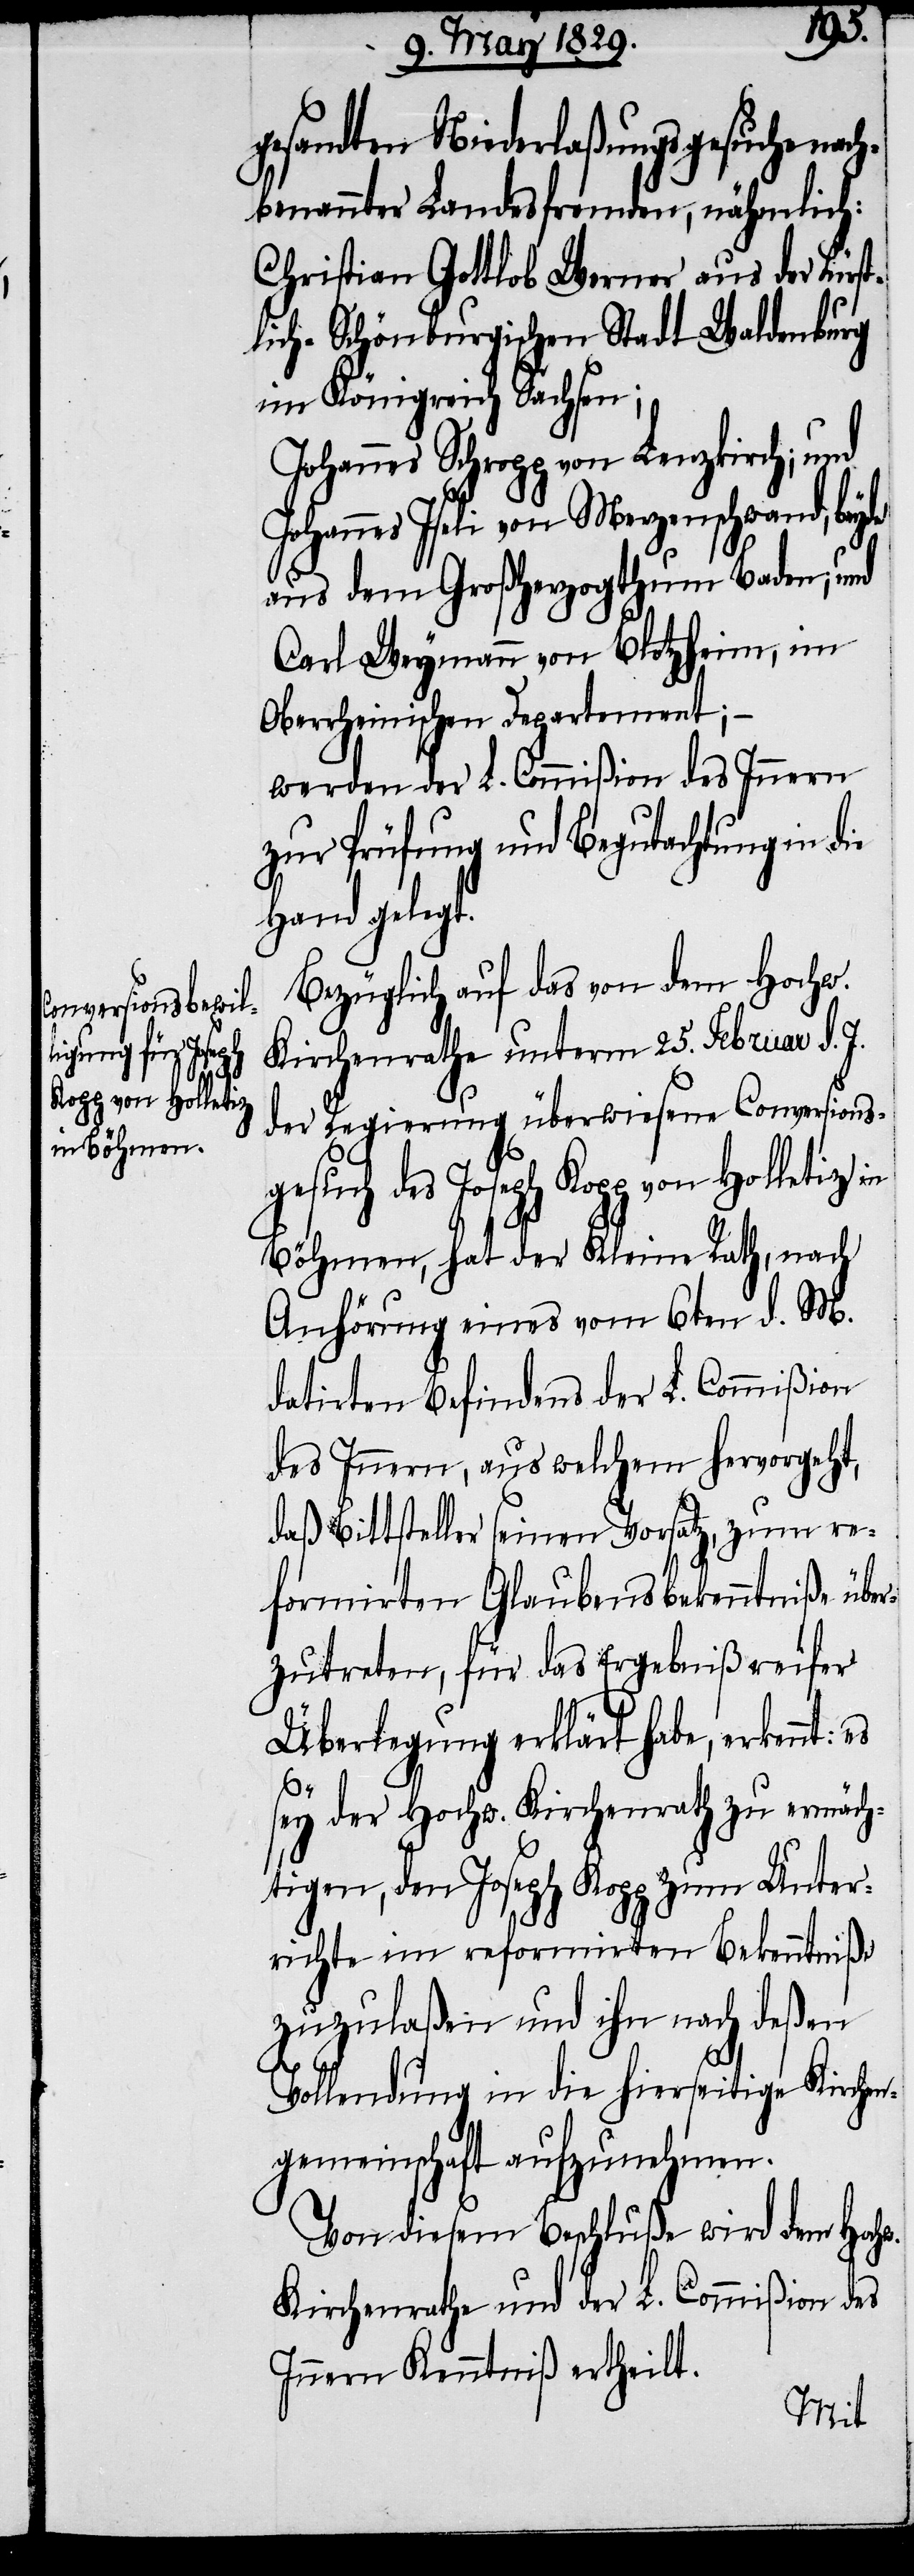
gesandten Niederlaßungsgesuche nac¬
hbenannter Landesfremden, nähmlich:
Christian Gottlob Werner aus der Fürs¬
tlich-Schönburgischen Stadt Waldenburg
im Königreich Sachsen;
Johannes Schropp von Lenzkirch; und
Johannes Iseli von Merzenschwand, beyde
aus dem Großherzogthum Baden; und
Carl Weymann von Blotzheim, im
Oberrheinischen Departement;–
werden der L. Commißion des Innern
zur Prüfung und Begutachtung in die
Hand geleg¬
Bezüglich auf das von dem Hochw.
Kirchenrathe unterm 25. Februar d. J.
der Regierung überwiesene Conversions¬
gesuch des Joseph Kopp von Holletiz in
Böhmen, hat der Kleine Rath, nach
Anhörung eines vom 6ten d. M.
datirten Befindens der L. Commißion
des Innern, aus welchem hervorgeht,
daß Bittsteller seinen Vorsatz, zum re¬
formirten Glaubensbekenntniße über¬
zutreten, für das Ergebeniß reifer
Überlegung erklärt habe, erkennt: es
t.
sey der Hochw. Kirchenrath zu ermäch¬
tigen, den Joseph Kopp zum Unter¬
richte im reformirten Bekenntniße
zuzulaßen und ihn nach deßen
Vollendung in die hierseitige Kirchen¬
gemeinschaft aufzunehmen.
Von diesem Beschluße wird dem Hochw.
Kirchenrathe und der L. Commißion des
Innern Kenntniß ertheilt.